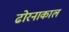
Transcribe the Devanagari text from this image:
ढोरनाकाल